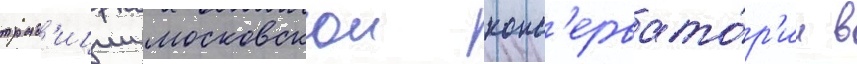
трад'иции московскои конс'ервато́р'ии в